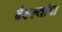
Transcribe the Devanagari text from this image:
वैकल्यांचा